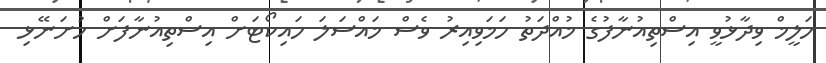
ހަލީމް ވިދާޅުވީ އިސްތިއުނާފުގެ މުއްދަތު ހަމަވިއިރު ވެސް މައްސަލަ ހައިކޯޓަށް އިސްތިއުނާފަށް ހުށަނޭޅި